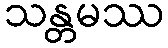
သန္တမဿ